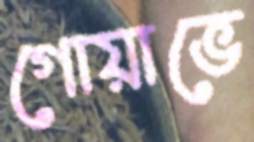
গোয়াভে